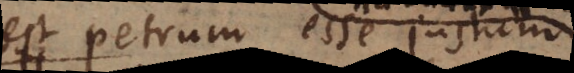
est Petrum esse just